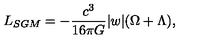
L _ { S G M } = - { \frac { c ^ { 3 } } { 1 6 { \pi } G } } \vert w \vert ( \Omega + \Lambda ) ,